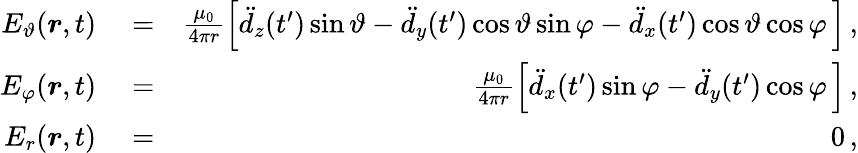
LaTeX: \begin{array}{rlr}{E_{\vartheta}(\boldsymbol{r},t)}&{{}=}&{\frac{\mu_{0}}{4\pi r}\Big[\ddot{d}_{z}(t^{\prime})\sin\vartheta-\ddot{d}_{y}(t^{\prime})\cos\vartheta\sin\varphi-\ddot{d}_{x}(t^{\prime})\cos\vartheta\cos\varphi\, \Big]\, ,}\\ {E_{\varphi}(\boldsymbol{r},t)}&{{}=}&{\frac{\mu_{0}}{4\pi r}\Big[\ddot{d}_{x}(t^{\prime})\sin\varphi-\ddot{d}_{y}(t^{\prime})\cos\varphi\, \Big]\, ,}\\ {E_{r}(\boldsymbol{r},t)}&{{}=}&{0\, ,}\end{array}